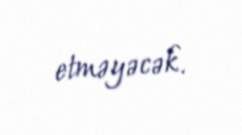
etməyəcək.